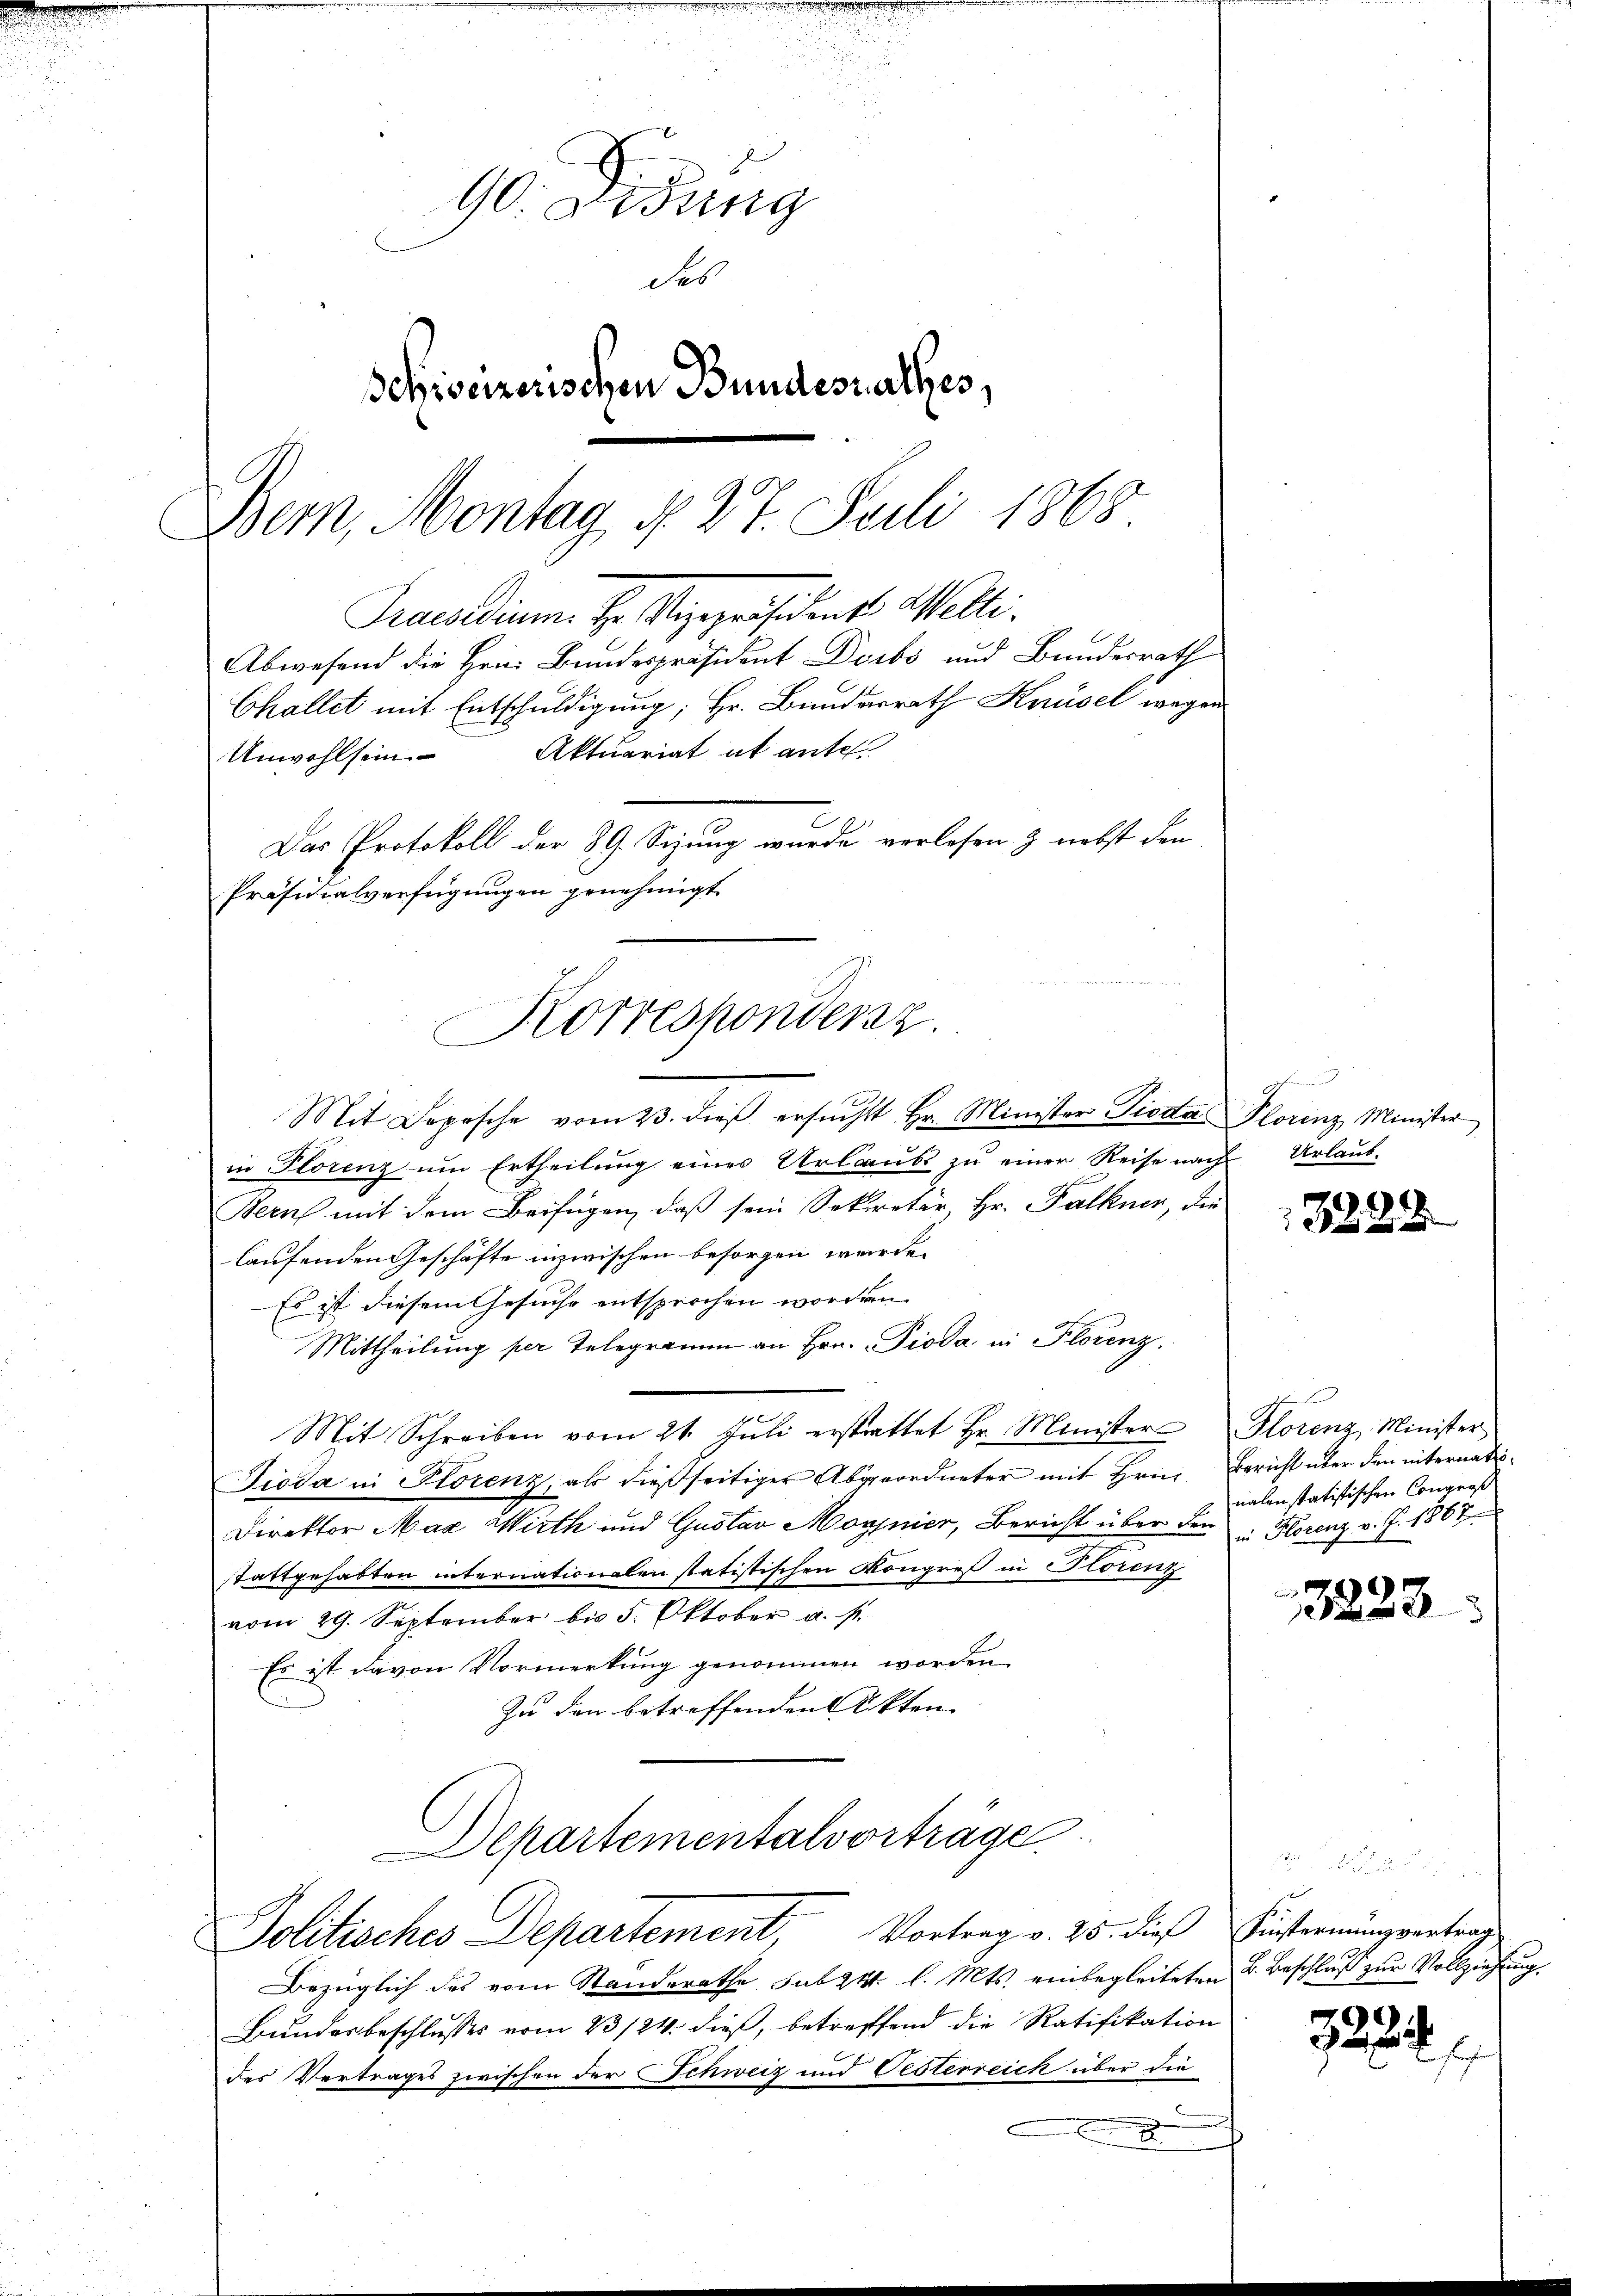
.
90. Didung
des
Schiseizerischen Bundesrathes,
Bem, Montag d. 27. Juli 1865.

Präsidialverfügungen genehmigt
Korrespondenz.

Praesidium H. Vizepräsidente Melli¬

Mit Depesche vom 23. dieβ ersŭcht Hr. Minister Piodat Plorenz Minister
in Florenz um Ertheilung eines Urlaube zu einer Reise nach Urlaub-
Bern mit dem Beifügen, daß sein Sekretär, Hr. Falkner, die
laufenden Geschäfte inzwischen besorgen werde.
Es ist diesem Gesuche entsprochen worden.
Mittheilung per Telegramm an Hrn. Pioda in Florenz.
Mit Schreiben vom 21. Jŭli erstattet Hr. Minister Florenz Minister
Dioda in Florenz, als dießseitiger Abgeordneter mit Hrn. Bericht über den internati¬
Direktor Max Wirth und Gustav Moginier, Bericht über den in Florenz v. J. 1867
stattgehabten internationalen statistischen Kongreß in Storenz
vom 29. September bis 5. Oktober u. s.
Es ist davon Vormerkung genommen worden.
Zu den betreffenden Akten
Aepartementalvorträge

Abwesend die Hrn. Bundespräsident Diebs und Bundesrath
Challet mit Entschuldigung; Hr. Bunderrath Knüsel wegen
Unwohlsein Aktuariat ab ante
Das Protokoll der 89. Sizung wurde verlesen & nebst den

Politisches Departement, Vortrag v. 25. dieß Fiesternung vertrag

Bezüglich des vom Standerathe sub 24 l. Mts. einbegleiteten B. Beschluß zur Vollziehung,
Bundesbeschlusses vom 23/24. dieß, betreffend die Ratifikation
des Vertrages zwischen der Schweiz und Oesterreich über die
x
2

f

13228

nalen statistischen Congres

3228

7224